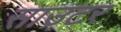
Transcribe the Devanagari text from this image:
साउटर